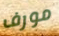
مورف